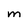
Character: M